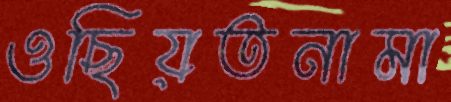
ওছিয়তনামা